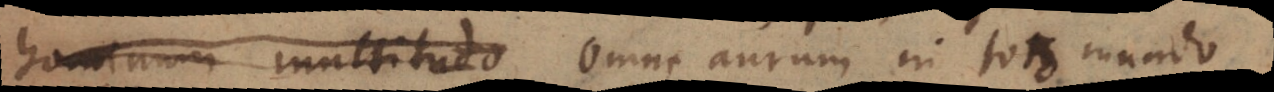
hominum multitudo omne aurum in toto mundo